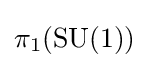
\pi _{1}(\mathrm {SU} (1))